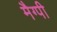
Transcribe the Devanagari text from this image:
मैग्पी